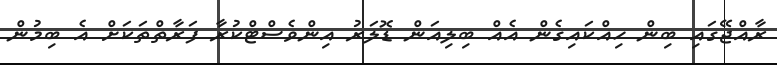
ރާއްޖޭގައި ބިން ހިއްކައިގެން އެއް ބިލިއަން ޑޮލަރު އިންވެސްޓްކުރާ ފަރާތްތަކަށް އެ ބިމުން